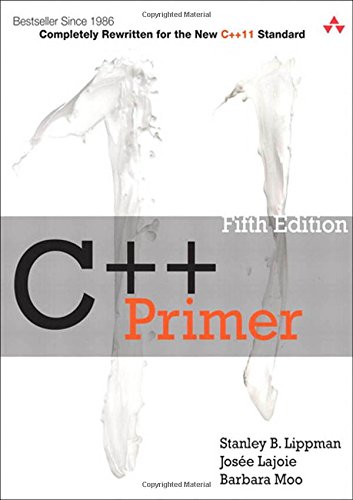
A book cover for C++ Primer (5th Edition); Stanley B. Lippman; Computers & Technology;